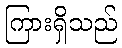
ကြားရှိသည်